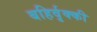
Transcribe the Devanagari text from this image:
बहिर्वृक्की